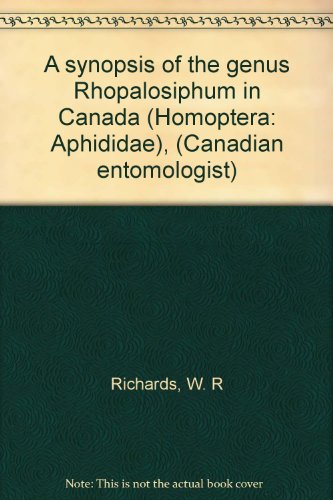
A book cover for A synopsis of the genus Rhopalosiphum in Canada (Homoptera: Aphididae), (Canadian entomologist); W. R Richards; Health, Fitness & Dieting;